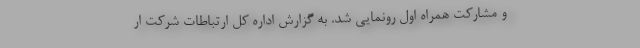
و مشارکت همراه اول رونمایی شد. به گزارش اداره کل ارتباطات شرکت ار